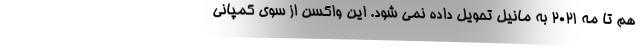
هم تا مه 2021 به مانیل تحویل داده نمی‌ شود. این واکسن از سوی کمپانی